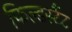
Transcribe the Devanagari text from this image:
फिल्डर्स्टैट